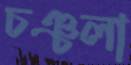
চঞ্চলা